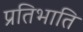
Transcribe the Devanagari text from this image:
प्रतिभाति